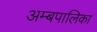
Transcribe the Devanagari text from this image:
अम्बपालिका